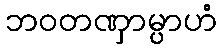
ဘဝတဏှာမ္ပာဟံ